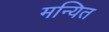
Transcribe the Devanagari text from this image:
मन्यित